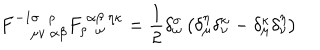
F _ { ~ \mu \nu ~ \alpha \beta } ^ { - 1 \sigma ~ ~ \rho } F _ { \rho ~ ~ \omega } ^ { ~ \alpha \beta ~ \eta \kappa } = \frac { 1 } { 2 } \delta _ { \omega } ^ { \sigma } \left( \delta _ { \mu } ^ { \eta } \delta _ { \nu } ^ { \kappa } - \delta _ { \mu } ^ { \kappa } \delta _ { \nu } ^ { \eta } \right)